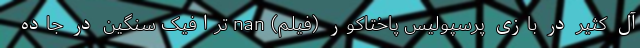
آل کثیر در بازی پرسپولیس پاختاکور (فیلم) nan ترافیک سنگین در جاده